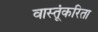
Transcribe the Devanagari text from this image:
वास्तूंकरिता